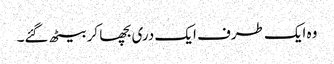
وہ ایک طرف ایک دری بچھا کر بیٹھ گئے۔